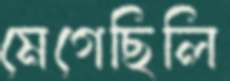
মেগেছিলি